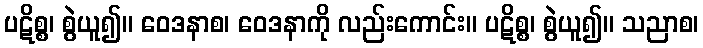
ပဋိစ္စ၊ စွဲယူ၍။ ဝေဒနာစ၊ ဝေဒနာကို လည်းကောင်း။ ပဋိစ္စ၊ စွဲယူ၍။ သညာစ၊